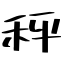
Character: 秤